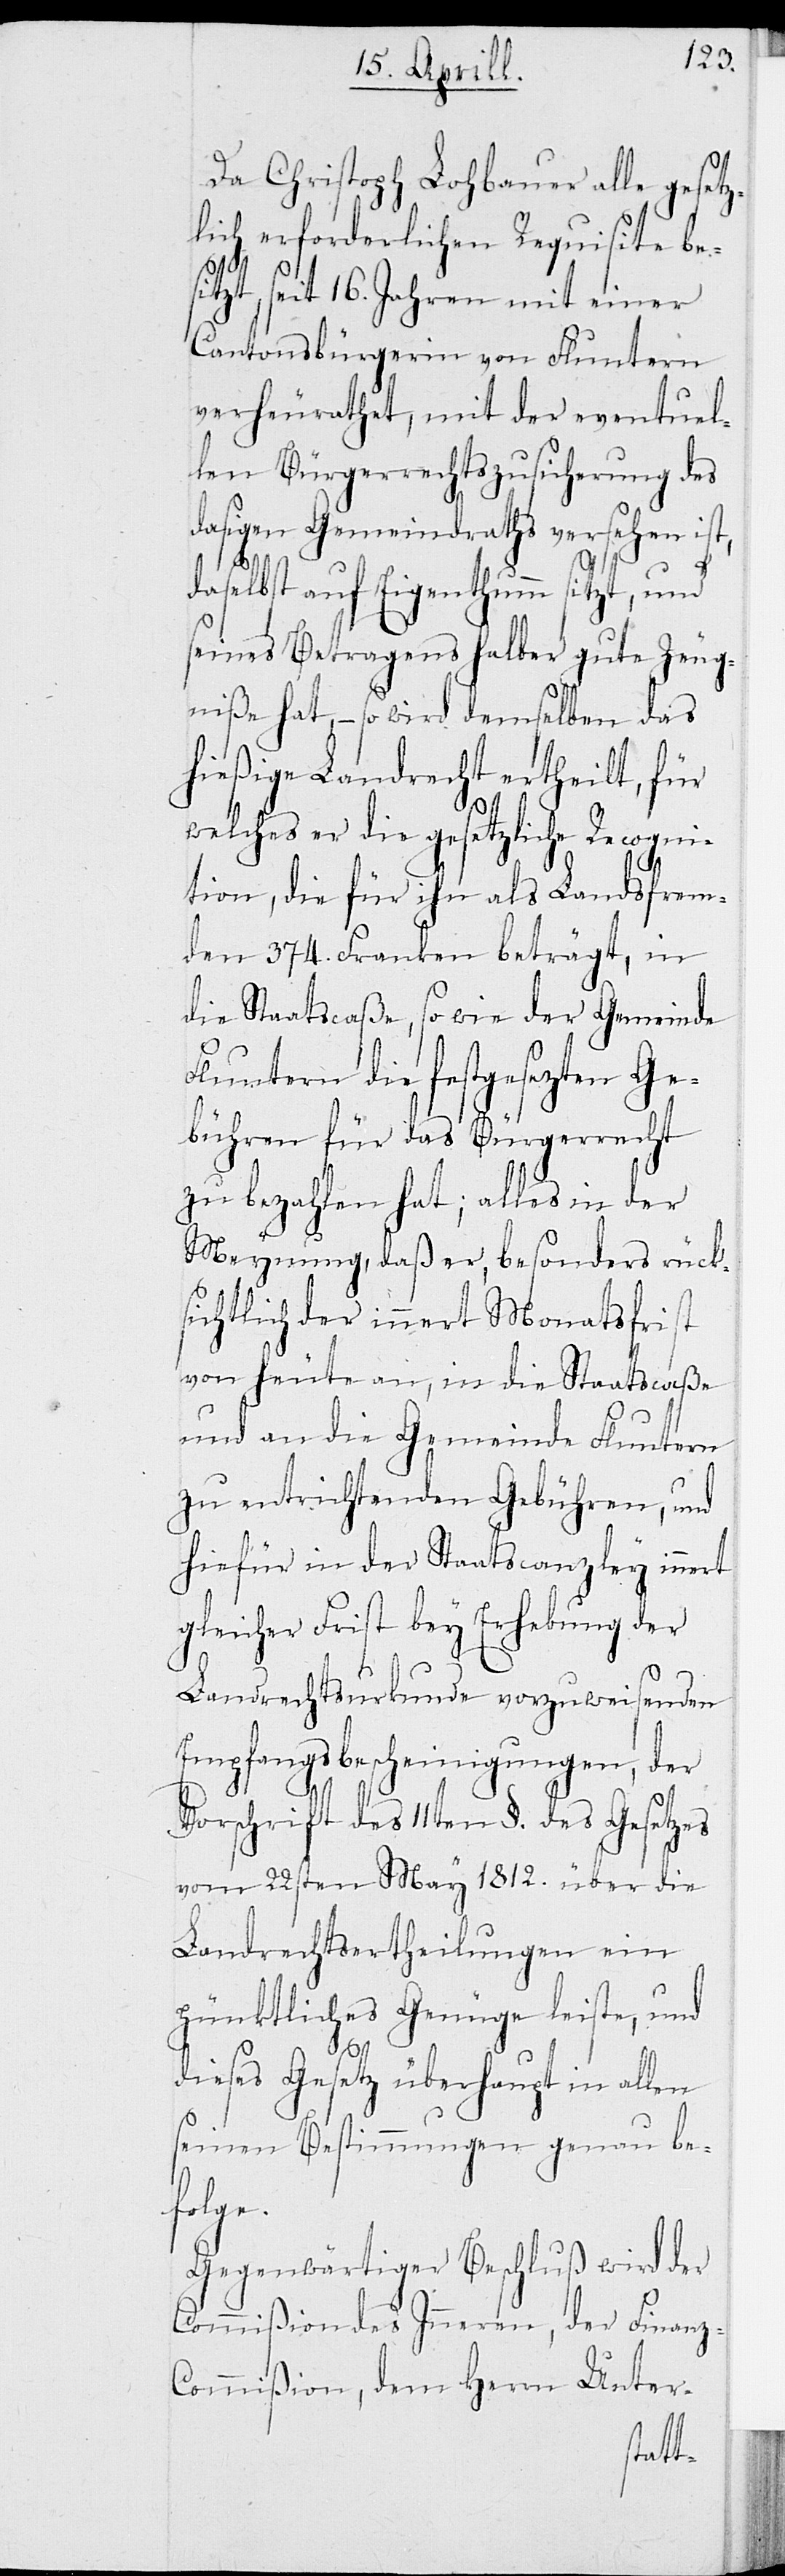
Da Christoph Lohbauer alle gesetz¬
lich erforderlichen Requisite bes¬
itzt, seit 16 Jahren mit einer
Cantonsbürgerin von Fluntern
verheurathet, mit der eventuel¬
len Bürgerrechtszusicherung des
dasigen Gemeindraths versehen ist,
e.
daselbst auf Eigenthumm sitzt, und
seines Betragens halber gute Zeug¬
niße hat, – so wird demselben das
hießige Landrecht ertheilt, für
welches er die gesetzliche Recogni¬
tion, die für ihn als Landesfrem¬
den 374. Franken beträgt, in
die Staatscaße, so wie der Gemeinde
Fluntern die festgesetzten Ge¬
bühren für das Bürgerrecht
zu bezahlen hat; alles in der
Meynung, daß er, besonders rück¬
sichtlich der innert Monatsfrist
von heute an, in die Staatscaße
und an die Gemeinde Fluntern
zu entrichtenden Gebühren, und
hiefür in der Staatscanzley innert
gleicher Frist bey Erhebung der
Landrechtsurkunde vorzuweisenden
Empfangsbescheinigungen, der
Vorschrift des 11ten § des Gesetzes
vom 22sten März 1812. über die
Landrechtsertheilungen ein
pünktliches Genüge leiste, und
dieses Gesetz überhaupt in allen
seinen Bestimmungen genau be¬
folg¬
Gegenwärtiger Beschluß wird der
Commißion des Inneren, der Finanz-C¬
ommißion, dem Herrn Unter-